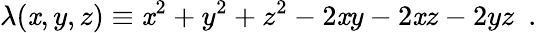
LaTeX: \lambda(\mathit{x},y,z)\equiv\mathit{x}^{2}+y^{2}+z^{2}-2\mathit{x}y-2\mathit{x}z-2yz\ \ .